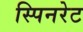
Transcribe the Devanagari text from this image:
स्पिनरेट